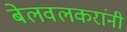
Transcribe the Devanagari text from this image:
बेलवलकरांनी